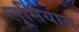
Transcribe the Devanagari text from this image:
लूसियान